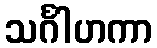
သင်္ဂါဟကာ